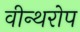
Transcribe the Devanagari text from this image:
वीन्थरोप